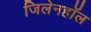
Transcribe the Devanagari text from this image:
जिलेनहॉल